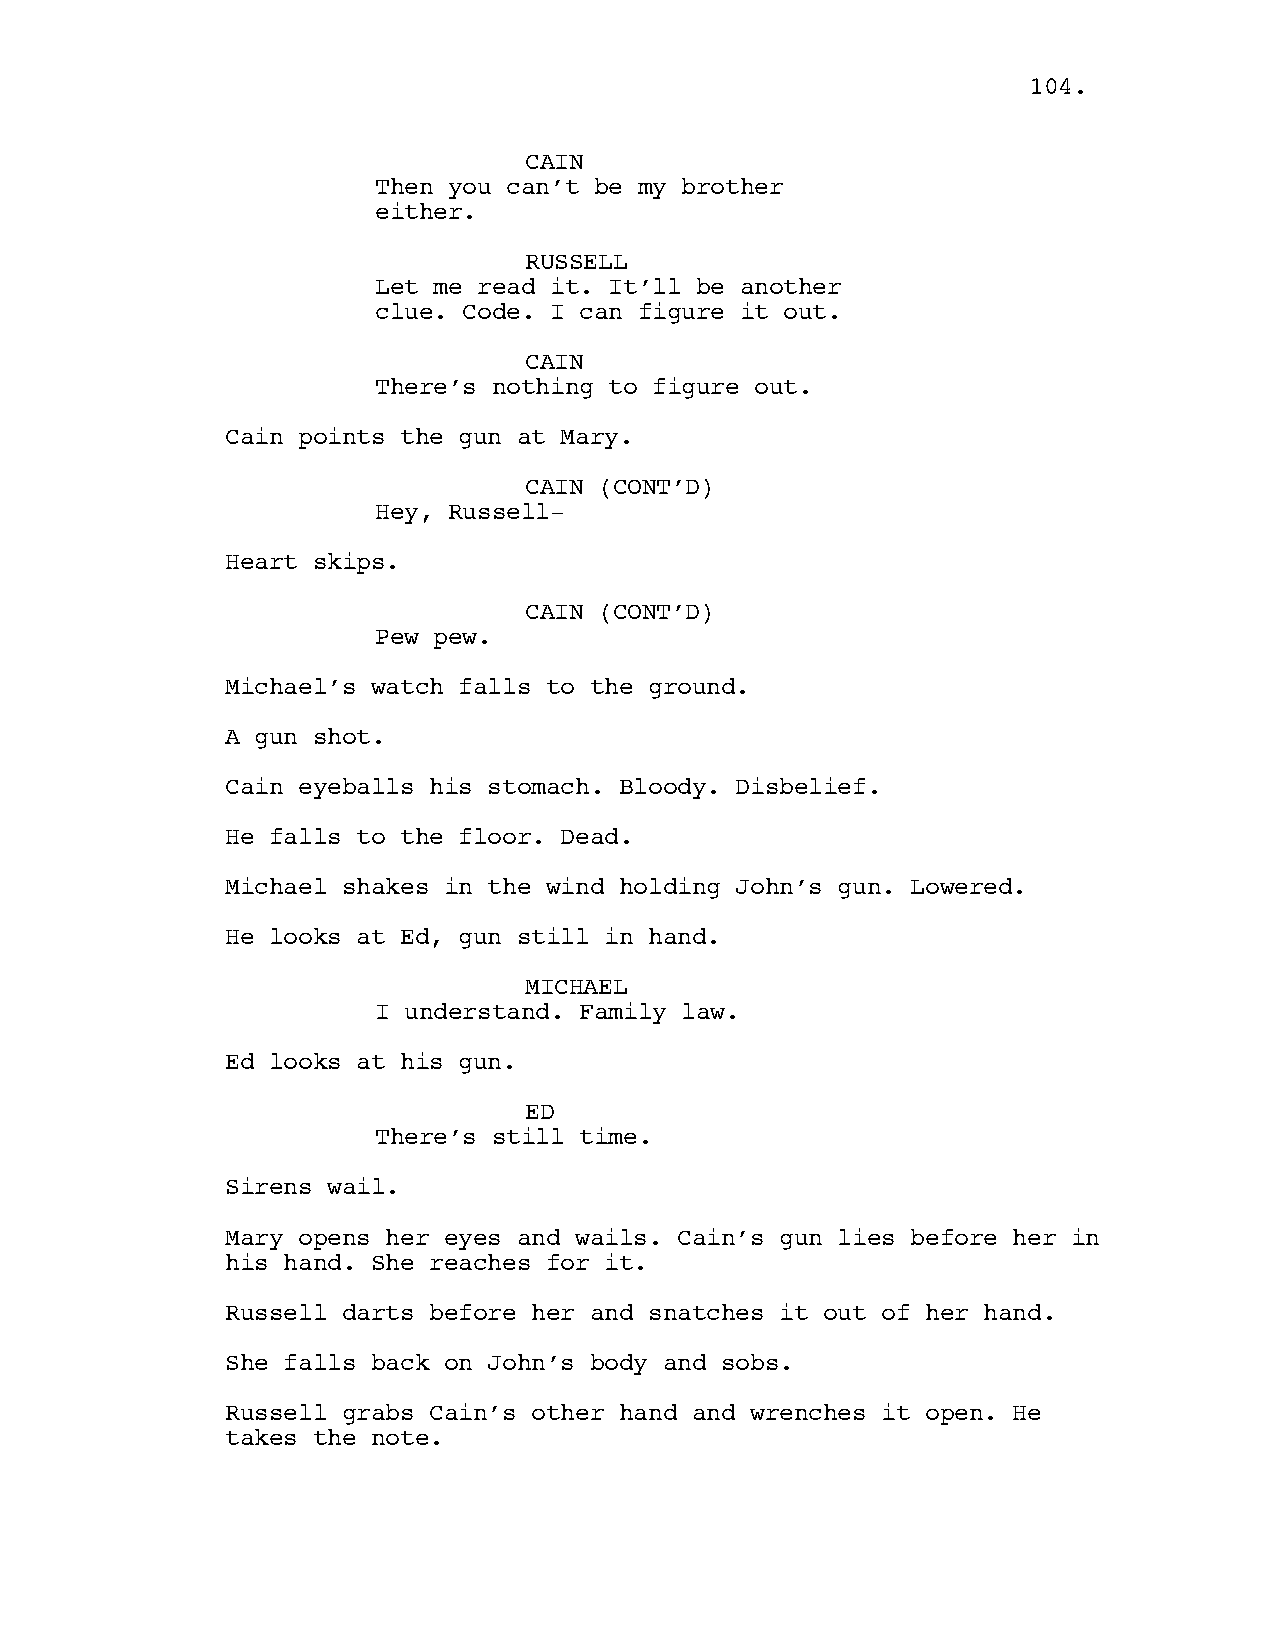
104.
 CAIN
 Then you can’t be my brother
 either.
 RUSSELL
 Let me read it. It’ll be another
 clue. Code. I can figure it out.
 CAIN
 There’s nothing to figure out.
 Cain points the gun at Mary.
 CAIN (CONT’D)
 Hey, Russell-
 Heart skips.
 CAIN (CONT’D)
 Pew pew.
 Michael’s watch falls to the ground.
 A gun shot.
 Cain eyeballs his stomach. Bloody. Disbelief.
 He falls to the floor. Dead.
 Michael shakes in the wind holding John’s gun. Lowered.
 He looks at Ed, gun still in hand.
 MICHAEL
 I understand. Family law.
 Ed looks at his gun.
 ED
 There’s still time.
 Sirens wail.
 Mary opens her eyes and wails. Cain’s gun lies before her in
 his hand. She reaches for it.
 Russell darts before her and snatches it out of her hand.
 She falls back on John’s body and sobs.
 Russell grabs Cain’s other hand and wrenches it open. He
 takes the note.